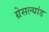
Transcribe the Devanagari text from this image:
ग्रेसल्यांड